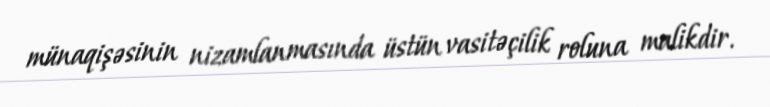
münaqişəsinin nizamlanmasında üstün vasitəçilik roluna malikdir.